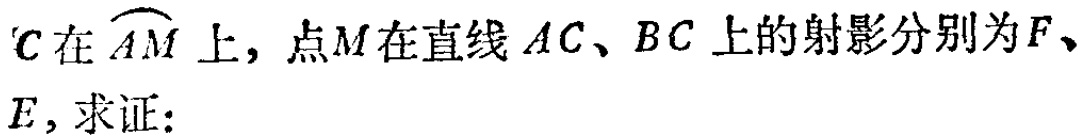
$C在\overset{\frown}{AM}上，点M在直线AC、BC上的射影分别为F、E，求证：$